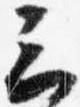
三